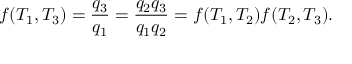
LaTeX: f ( T _ { 1 } , T _ { 3 } ) = { \frac { q _ { 3 } } { q _ { 1 } } } = { \frac { q _ { 2 } q _ { 3 } } { q _ { 1 } q _ { 2 } } } = f ( T _ { 1 } , T _ { 2 } ) f ( T _ { 2 } , T _ { 3 } ) .